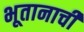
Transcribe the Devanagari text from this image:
भूतानाची